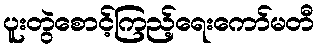
ပူးတွဲစောင့်ကြည့်ရေးကော်မတီ